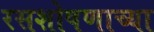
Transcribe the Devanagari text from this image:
रसशोषणाच्या